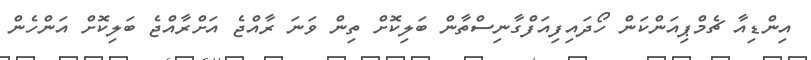
އިންޑިއާ ޗެމްޕިއަންކަން ހޯދައިފިއަފްގާނިސްތާން ބަލިކޮށް ތިން ވަަނަ ރާއްޖެ އަށްރާއްޖެ ބަލިކޮށް އަންހެން